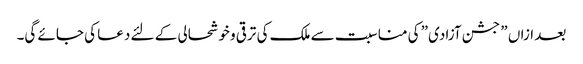
بعد ازاں ” جشن آزادی” کی مناسبت سے ملک کی ترقی وخوشحالی کے لئے دعا کی جائے گی۔